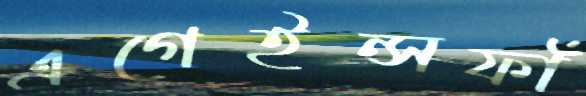
এগেইন্সফাঁ